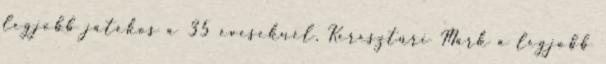
legjobb játékos a 35 éveseknél, Keresztúri Márk a legjobb